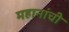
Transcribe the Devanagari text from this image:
महानांची